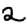
Digit: 2